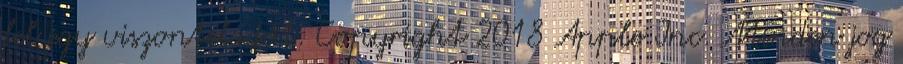
fel egy viszonteladót. Copyright 2018 Apple Inc. Minden jog